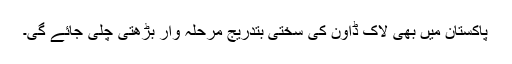
پاکستان میں بھی لاک ڈاؤن کی سختی بتدریج مرحلہ وار بڑھتی چلی جائے گی۔